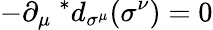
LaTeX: -\partial_{\mu}\ ^{*}d_{\sigma^{\mu}}(\sigma^{\nu})=0